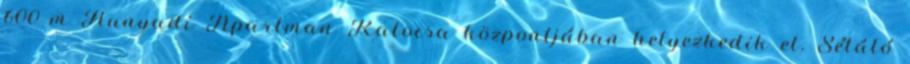
600 m Hunyadi Apartman Kalocsa központjában helyezkedik el. Sétáló